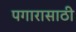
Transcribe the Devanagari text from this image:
पगारासाठी